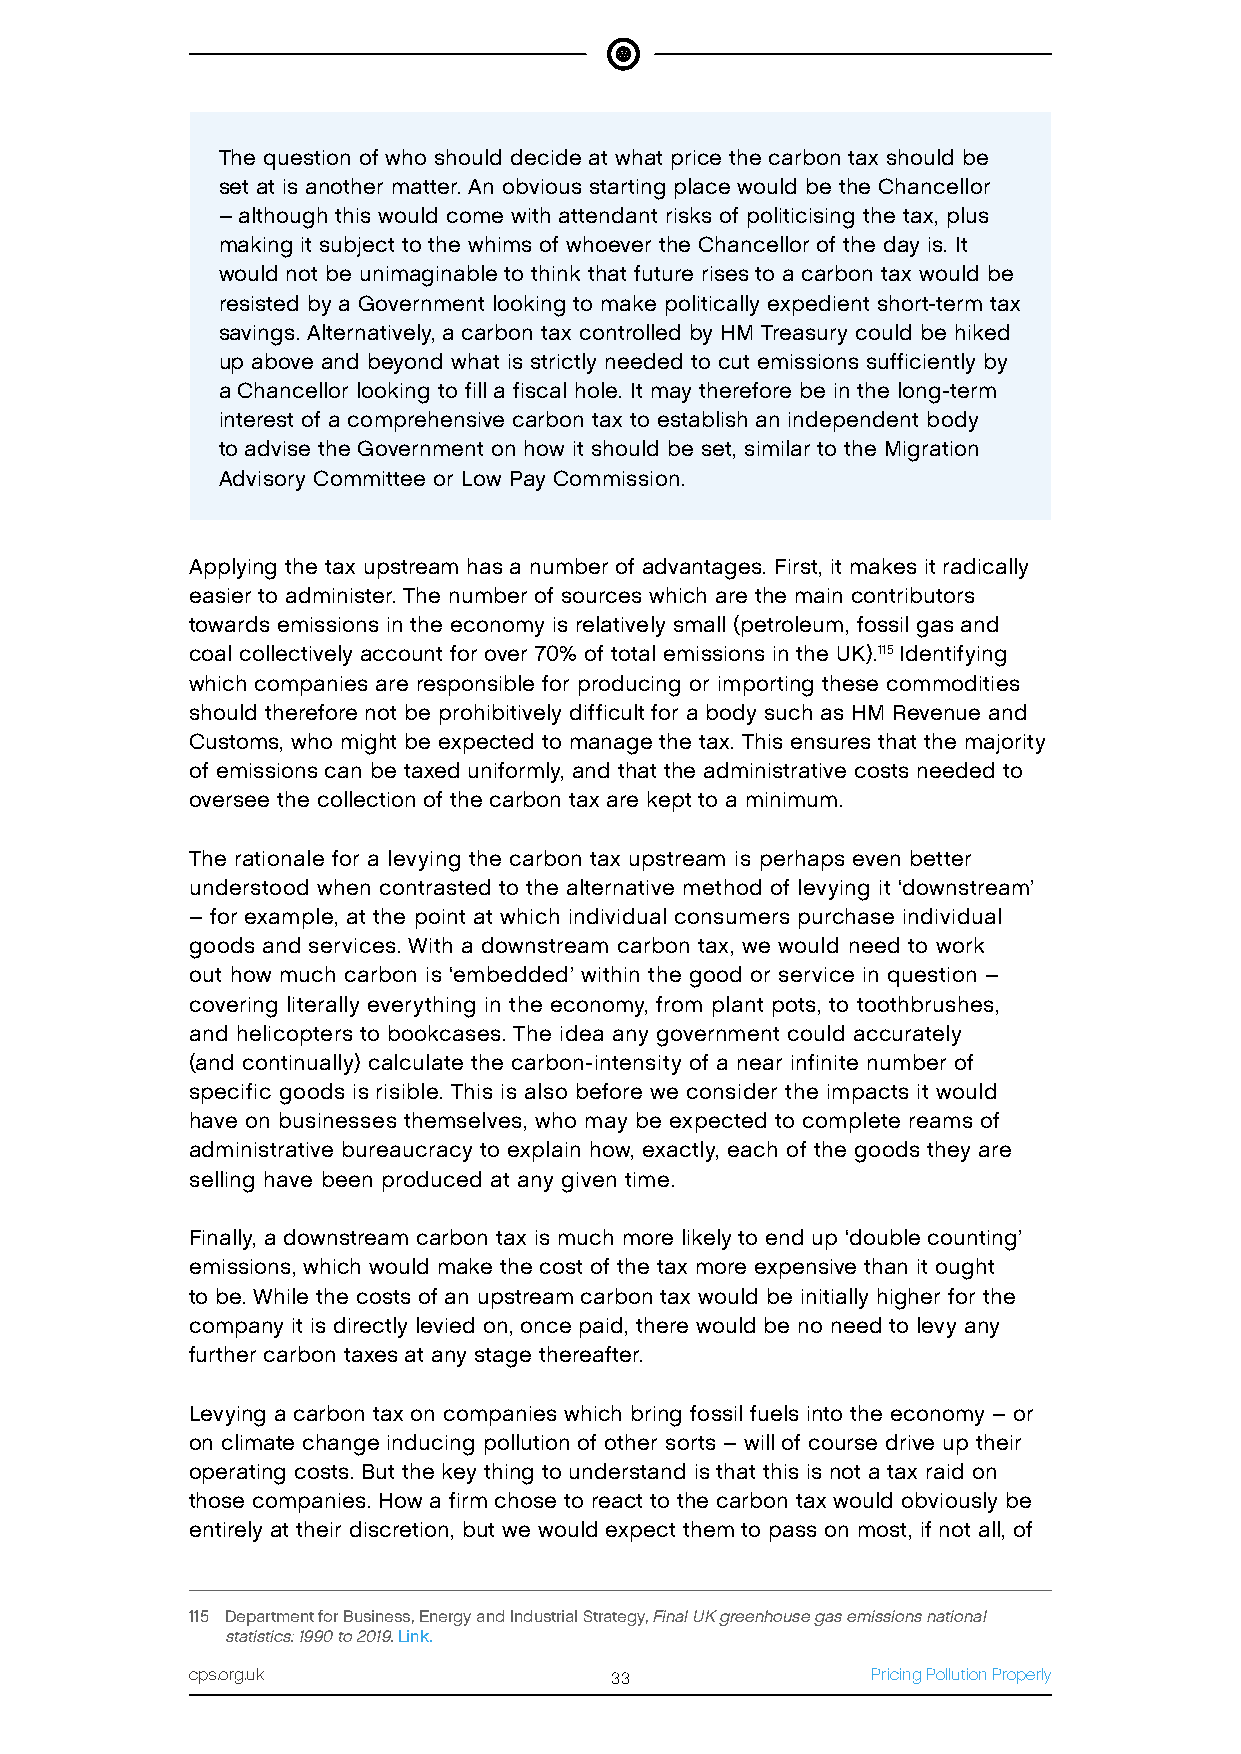
The question of who should decide at what price the carbon tax should be
 set at is another matter. An obvious starting place would be the Chancellor
 – although this would come with attendant risks of politicising the tax, plus
 making it subject to the whims of whoever the Chancellor of the day is. It
 would not be unimaginable to think that future rises to a carbon tax would be
 resisted by a Government looking to make politically expedient short-term tax
 savings. Alternatively, a carbon tax controlled by HM Treasury could be hiked
 up above and beyond what is strictly needed to cut emissions sufficiently by
 a Chancellor looking to fill a fiscal hole. It may therefore be in the long-term
 interest of a comprehensive carbon tax to establish an independent body
 to advise the Government on how it should be set, similar to the Migration
 Advisory Committee or Low Pay Commission.
 Applying the tax upstream has a number of advantages. First, it makes it radically
 easier to administer. The number of sources which are the main contributors
 towards emissions in the economy is relatively small (petroleum, fossil gas and
 coal collectively account for over 70% of total emissions in the UK).115 Identifying
 which companies are responsible for producing or importing these commodities
 should therefore not be prohibitively difficult for a body such as HM Revenue and
 Customs, who might be expected to manage the tax. This ensures that the majority
 of emissions can be taxed uniformly, and that the administrative costs needed to
 oversee the collection of the carbon tax are kept to a minimum.
 The rationale for a levying the carbon tax upstream is perhaps even better
 understood when contrasted to the alternative method of levying it ‘downstream’
 – for example, at the point at which individual consumers purchase individual
 goods and services. With a downstream carbon tax, we would need to work
 out how much carbon is ‘embedded’ within the good or service in question –
 covering literally everything in the economy, from plant pots, to toothbrushes,
 and helicopters to bookcases. The idea any government could accurately
 (and continually) calculate the carbon-intensity of a near infinite number of
 specific goods is risible. This is also before we consider the impacts it would
 have on businesses themselves, who may be expected to complete reams of
 administrative bureaucracy to explain how, exactly, each of the goods they are
 selling have been produced at any given time.
 Finally, a downstream carbon tax is much more likely to end up ‘double counting’
 emissions, which would make the cost of the tax more expensive than it ought
 to be. While the costs of an upstream carbon tax would be initially higher for the
 company it is directly levied on, once paid, there would be no need to levy any
 further carbon taxes at any stage thereafter.
 Levying a carbon tax on companies which bring fossil fuels into the economy – or
 on climate change inducing pollution of other sorts – will of course drive up their
 operating costs. But the key thing to understand is that this is not a tax raid on
 those companies. How a firm chose to react to the carbon tax would obviously be
 entirely at their discretion, but we would expect them to pass on most, if not all, of
 115 Department for Business, Energy and Industrial Strategy, Final UK greenhouse gas emissions national
 statistics: 1990 to 2019. Link.
 cps.org.uk                 33                Pricing Pollution Properly